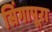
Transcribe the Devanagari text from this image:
सिंगापूरा